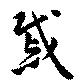
戚